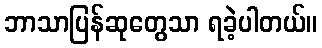
ဘာသာပြန်ဆုတွေသာ ရခဲ့ပါတယ်။